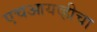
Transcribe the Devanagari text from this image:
एचआयव्हीचा